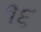
૧૬